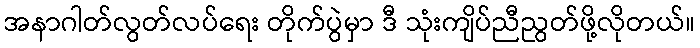
အနာဂါတ်လွတ်လပ်ရေး တိုက်ပွဲမှာ ဒီ သုံးကျိပ်ညီညွတ်ဖို့လိုတယ်။